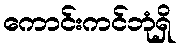
ကောင်းကင်ဘုံရှိ